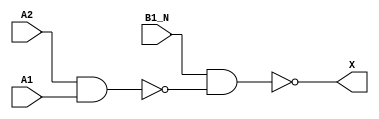
module sky130_fd_sc_hdll__a21bo (
    X   ,
    A1  ,
    A2  ,
    B1_N
);

    // Module ports
    output X   ;
    input  A1  ;
    input  A2  ;
    input  B1_N;

    // Module supplies
    supply1 VPWR;
    supply0 VGND;
    supply1 VPB ;
    supply0 VNB ;

    // Local signals
    wire nand0_out  ;
    wire nand1_out_X;

    //   Name   Output       Other arguments
    nand nand0 (nand0_out  , A2, A1         );
    nand nand1 (nand1_out_X, B1_N, nand0_out);
    buf  buf0  (X          , nand1_out_X    );

endmodule